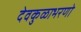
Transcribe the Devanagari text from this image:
देवकुळाभरणो